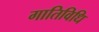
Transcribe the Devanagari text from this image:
गातिविधि